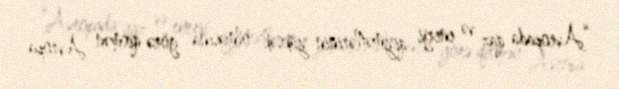
“Avropada qaz və enerji qiymətlərinin yüksək olmasına görə qismən Avropa